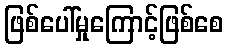
ဖြစ်ပေါ်မှုကြောင့်ဖြစ်စေ